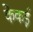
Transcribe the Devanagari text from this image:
केकई